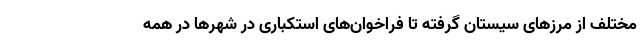
مختلف از مرزهای سیستان گرفته تا فراخوان‌های استکباری در شهرها در همه